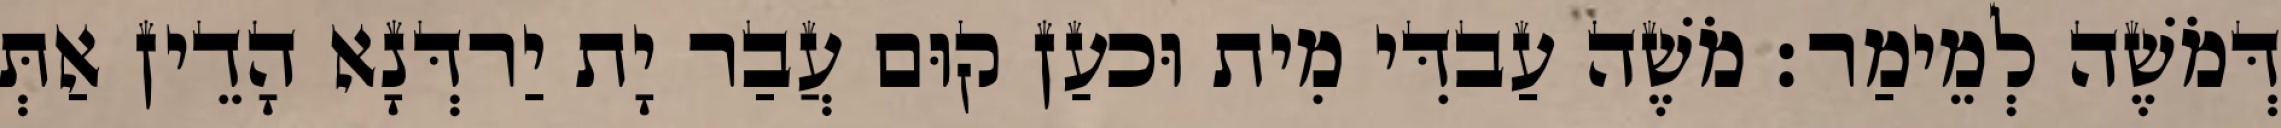
דְּמֹשֶׁה לְמֵימַר׃ מֹשֶׁה עַבדִּי מִית וּכעַן קוּם עֲבַר יָת יַרדְּנָא הָדֵין אַתְּ